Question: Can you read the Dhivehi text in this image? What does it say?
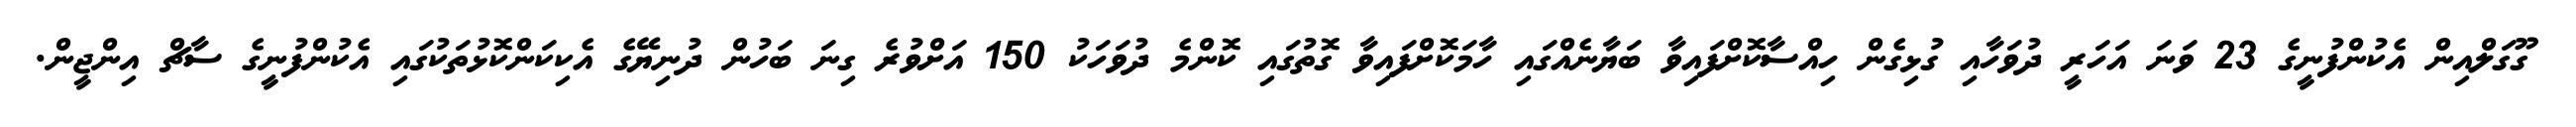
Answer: ގޫގަލްއިން އެކުންފުނީގެ 23 ވަނަ އަހަރީ ދުވަހާއި ގުޅިގެން ހިއްސާކޮށްފައިވާ ބަޔާނެއްގައި ހާމަކޮށްފައިވާ ގޮތުގައި ކޮންމެ ދުވަހަކު 150 އަށްވުރެ ގިނަ ބަހުން ދުނިޔޭގެ އެކިކަންކޮޅުތަކުގައި އެކުންފުނީގެ ސާޗް އިންޖީން.